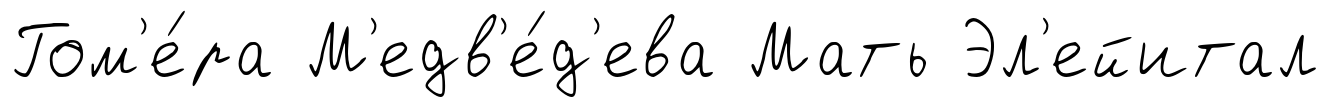
Гом'е́ра М'едв'е́д'ева Мать Эл'ейитал